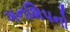
ગનશિપનો